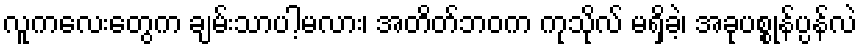
လူကလေးတွေက ချမ်းသာပါ့မလား၊ အတိတ်ဘဝက ကုသိုလ် မရှိခဲ့၊ အခုပစ္စုန်ပ္ပန်လဲ